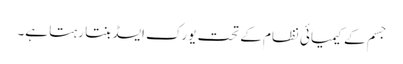
جسم کے کیمیائی نظام کے تحت یورک ایسڈ بنتا رہتا ہے۔